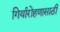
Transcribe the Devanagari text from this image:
गिर्यारोहणासाठी